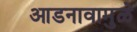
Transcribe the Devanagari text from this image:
आडनावामुळे